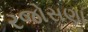
રજોસણા